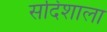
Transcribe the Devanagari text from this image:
सदिशाला